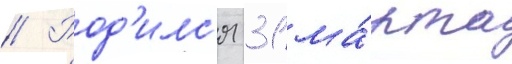
// Род'илс'я 31 ма́рта